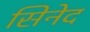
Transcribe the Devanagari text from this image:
सिनेद